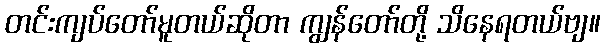
တင်းကျပ်တော်မူတယ်ဆိုတာ ကျွန်တော်တို့ သိနေရတယ်ဗျ။